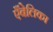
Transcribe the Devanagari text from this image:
एँबेलिका